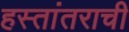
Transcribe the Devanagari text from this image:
हस्तांतराची